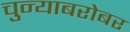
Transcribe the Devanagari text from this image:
चुन्याबरोबर